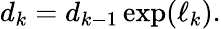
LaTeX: d_{k}=d_{k-1}\exp(\ell_{k}).